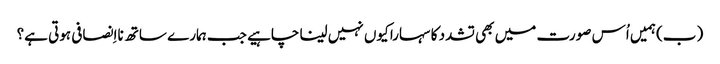
‏ (‏ب)‏ ہمیں اُس صورت میں بھی تشدد کا سہارا کیوں نہیں لینا چاہیے جب ہمارے ساتھ نااِنصافی ہوتی ہے؟